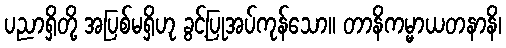
ပညာရှိတို့ အပြစ်မရှိဟု ခွင့်ပြုအပ်ကုန်သော။ တာနိကမ္မာယတနာနိ၊